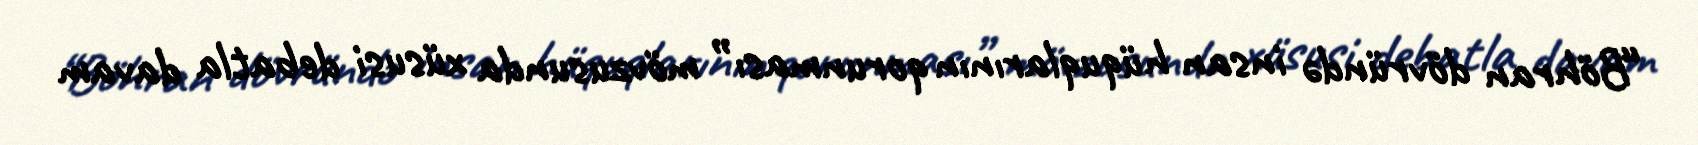
“Böhran dövründə insan hüquqlarının qorunması” mövzusunda xüsusi debatla davam